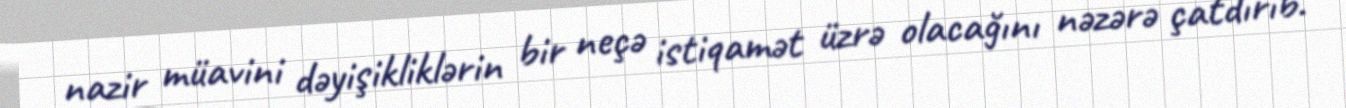
nazir müavini dəyişikliklərin bir neçə istiqamət üzrə olacağını nəzərə çatdırıb.